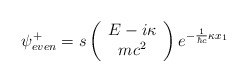
\begin{align*}{\psi}^{+}_{even} = s\left( \begin{array}{c}E - i {\kappa}\\mc^2\end{array} \right)e^{- \frac{1}{{\hbar}c} {\kappa} x_1}\end{align*}